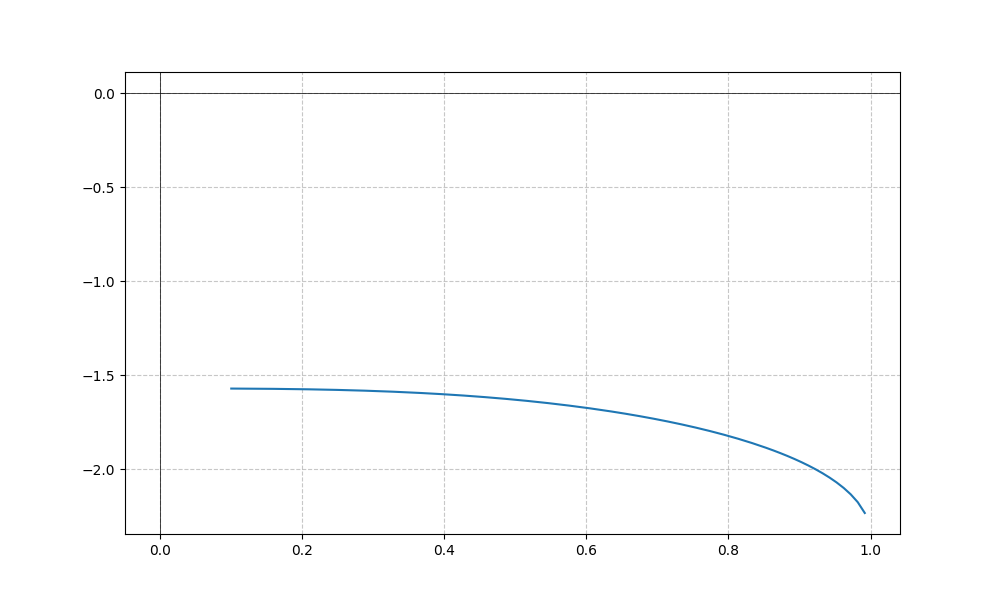
LaTeX formula: - \operatorname{acot}{\left(x \right)} - \operatorname{asin}{\left(x \right)}